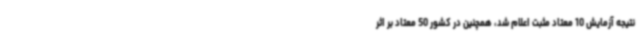
نتیجه آزمایش 10 معتاد مثبت اعلام شد، همچنین در کشور 50 معتاد بر اثر